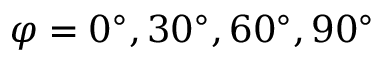
\varphi = 0 ^ { \circ } , 3 0 ^ { \circ } , 6 0 ^ { \circ } , 9 0 ^ { \circ }